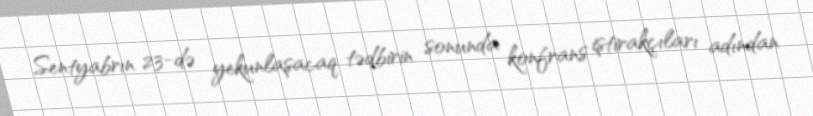
Sentyabrın 23-də yekunlaşacaq tədbirin sonunda konfrans iştirakçıları adından